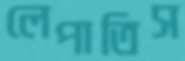
লেপাতিস